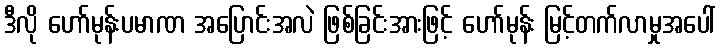
ဒီလို ဟော်မုန်းပမာဏ အပြောင်းအလဲ ဖြစ်ခြင်းအားဖြင့် ဟော်မုန်း မြင့်တက်လာမှုအပေါ်